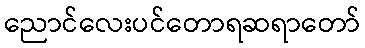
ညောင်လေးပင်တောရဆရာတော်